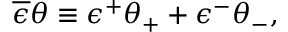
\overline { { { \epsilon } } } \theta \equiv \epsilon ^ { + } \theta _ { + } + \epsilon ^ { - } \theta _ { - } ,